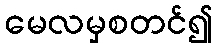
မေလမှစတင်၍